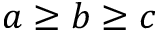
a \geq b \geq c